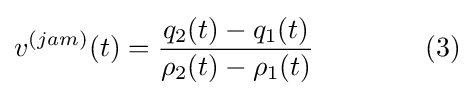
v^{(jam)}(t)={\frac {q_{2}(t)-q_{1}(t)}{\rho _{2}(t)-\rho _{1}(t)}}\qquad \qquad (3)